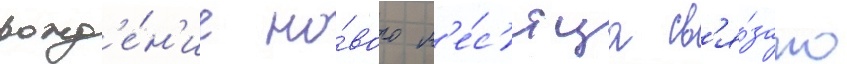
рожд'е́н'ие но́вого м'е́с'яца св'я́зано